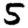
Digit: 5